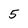
Character: 5